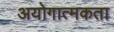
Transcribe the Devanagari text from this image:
अयोगात्मकता